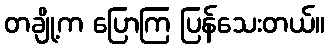
တချို့က ပြောကြ ပြန်သေးတယ်။